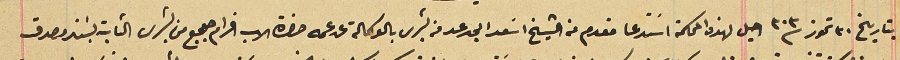
بتاريخ ٣٠ تموز سنة ٣٠٣ احيل لهذه المحكمة اسَتدعا مقدم من الشيخ اسَعد ابى رعد من بشرى بالوكالة عن عمه حضرة الاب افرام جعجع من بشرى الثابة بسَند مصدق